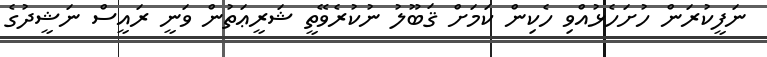
ނަފީކުރަން ހުށަހެޅުއްވި ހެކިން ކަމަށް ޤަބޫލު ނުކުރެވޭތީ ޝަރީޢަތުން ވަނީ ރައީސް ނަޝީދުގެ